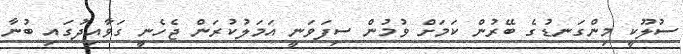
ސުލޫކީ މިންގަނޑުގެ ބޭރުން ކަމަށް ވުމުން ސިފަވަނީ އަމަލުކުރަން ޖެހެނީ ގަވާއިދުގައި ބުނާ